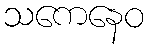
သကေနေဝ